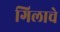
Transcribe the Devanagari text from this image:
गिलाचे